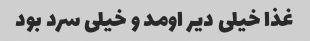
غذا خیلی دیر اومد و خیلی سرد بود